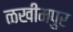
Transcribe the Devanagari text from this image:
ळखीमपुर